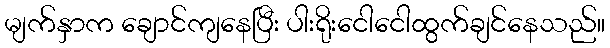
မျက်နှာက ချောင်ကျနေပြီး ပါးရိုးငေါငေါထွက်ချင်နေသည်။